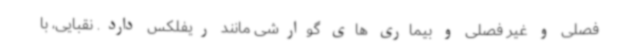
فصلی و غیر فصلی و بیماری های گوارشی مانند ریفلکس دارد. نقبایی، با